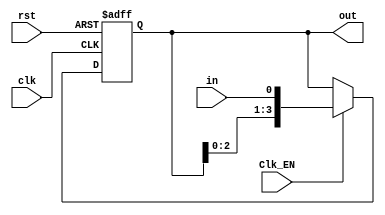
`timescale 1ns/1ns

module ShiftRegister #(parameter WIDTH = 4) (
    input wire clk,                  // Clock input
    input wire rst,                // Reset input
    input wire Clk_EN,               // Enable input
    input wire in,       // Input
    output reg [WIDTH-1:0] out       // Output
);

    always @(posedge clk or posedge rst) begin
        if (rst)
            out <= {WIDTH{1'b0}}; // Initialize to all zeros
        else if (Clk_EN) 
            out <= {out[WIDTH-2:0], in}; // Shift left
    end

endmodule